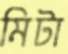
মিটা